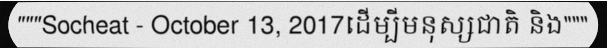
"""Socheat - October 13, 2017ដើម្បីមនុស្សជាតិ និង"""